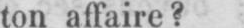
ton affaire?